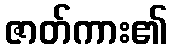
ဇာတ်ကား၏